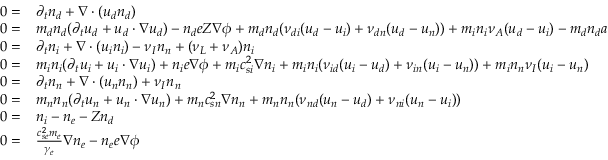
\begin{array} { r l } { 0 = } & { \partial _ { t } { n _ { d } } + \nabla \cdot ( { u _ { d } } { n _ { d } } ) } \\ { 0 = } & { m _ { d } { n _ { d } } ( \partial _ { t } { u _ { d } } + { u _ { d } } \cdot \nabla { u _ { d } } ) - { n _ { d } } e Z \nabla \phi + m _ { d } { n _ { d } } ( { \nu _ { d i } } ( { u _ { d } } - { u _ { i } } ) + { \nu _ { d n } } ( { u _ { d } } - { u _ { n } } ) ) + m _ { i } { n _ { i } } { \nu _ { A } } ( { u _ { d } } - { u _ { i } } ) - m _ { d } { n _ { d } } a } \\ { 0 = } & { \partial _ { t } { n _ { i } } + \nabla \cdot ( { u _ { i } } { n _ { i } } ) - { \nu _ { I } } { n _ { n } } + ( { \nu _ { L } } + { \nu _ { A } } ) { n _ { i } } } \\ { 0 = } & { m _ { i } { n _ { i } } ( \partial _ { t } { u _ { i } } + { u _ { i } } \cdot \nabla { u _ { i } } ) + { n _ { i } } e \nabla \phi + m _ { i } c _ { s i } ^ { 2 } \nabla { n _ { i } } + m _ { i } { n _ { i } } ( { \nu _ { i d } } ( { u _ { i } } - { u _ { d } } ) + { \nu _ { i n } } ( { u _ { i } } - { u _ { n } } ) ) + m _ { i } { n _ { n } } { \nu _ { I } } ( { u _ { i } } - { u _ { n } } ) } \\ { 0 = } & { \partial _ { t } { n _ { n } } + \nabla \cdot ( { u _ { n } } { n _ { n } } ) + { \nu _ { I } } { n _ { n } } } \\ { 0 = } & { m _ { n } { n _ { n } } ( \partial _ { t } { u _ { n } } + { u _ { n } } \cdot \nabla { u _ { n } } ) + m _ { n } c _ { s n } ^ { 2 } \nabla { n _ { n } } + m _ { n } { n _ { n } } ( { \nu _ { n d } } ( { u _ { n } } - { u _ { d } } ) + { \nu _ { n i } } ( { u _ { n } } - { u _ { i } } ) ) } \\ { 0 = } & { { n _ { i } } - n _ { e } - Z { n _ { d } } } \\ { 0 = } & { \frac { c _ { s e } ^ { 2 } m _ { e } } { \gamma _ { e } } \nabla n _ { e } - n _ { e } e \nabla \phi } \end{array}